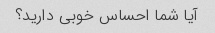
آیا شما احساس خوبی دارید؟